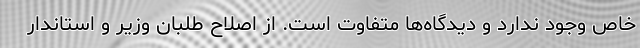
خاص وجود ندارد و دیدگاه‌ها متفاوت است. از اصلاح طلبان وزیر و استاندار